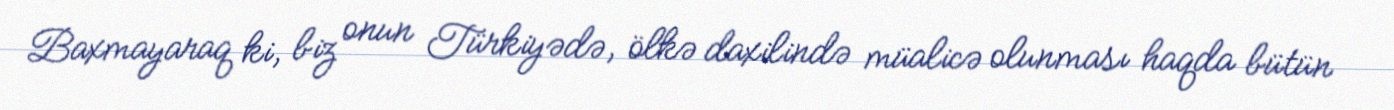
Baxmayaraq ki, biz onun Türkiyədə, ölkə daxilində müalicə olunması haqda bütün